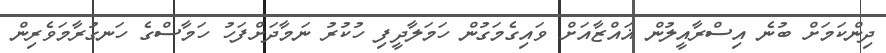
ދިންކަމަށް ބުނެ އިސްރާއީލުން ޣައްޒާއަށް ވައިގެމަގުން ހަމަލާދީފި ހުކުރު ނަމާދަށްފަހު ހަމާސްގެ ހަނގުރާމަވެރިން